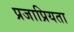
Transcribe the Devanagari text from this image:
प्रजाप्रियता